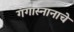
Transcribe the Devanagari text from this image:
गंगास्नानाचे